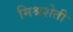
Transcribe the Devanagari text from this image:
मिश्रशेती